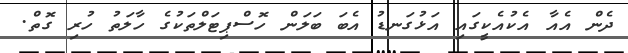
ދެން އެއާ އެކުއެކީގައި އަޅުގަނޑު އެބަ ބަލަން ހޮސްޕިޓަލްތަކުގެ ހާލަތު ހުރި ގޮތް.